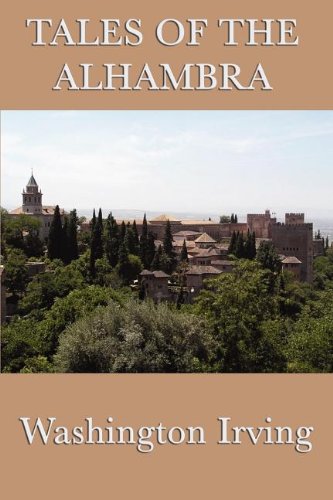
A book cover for Tales of the Alhambra; Washington irving; Literature & Fiction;